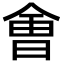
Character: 㑹